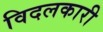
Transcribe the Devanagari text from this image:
विदलकारी